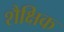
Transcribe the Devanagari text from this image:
शैक्षिक